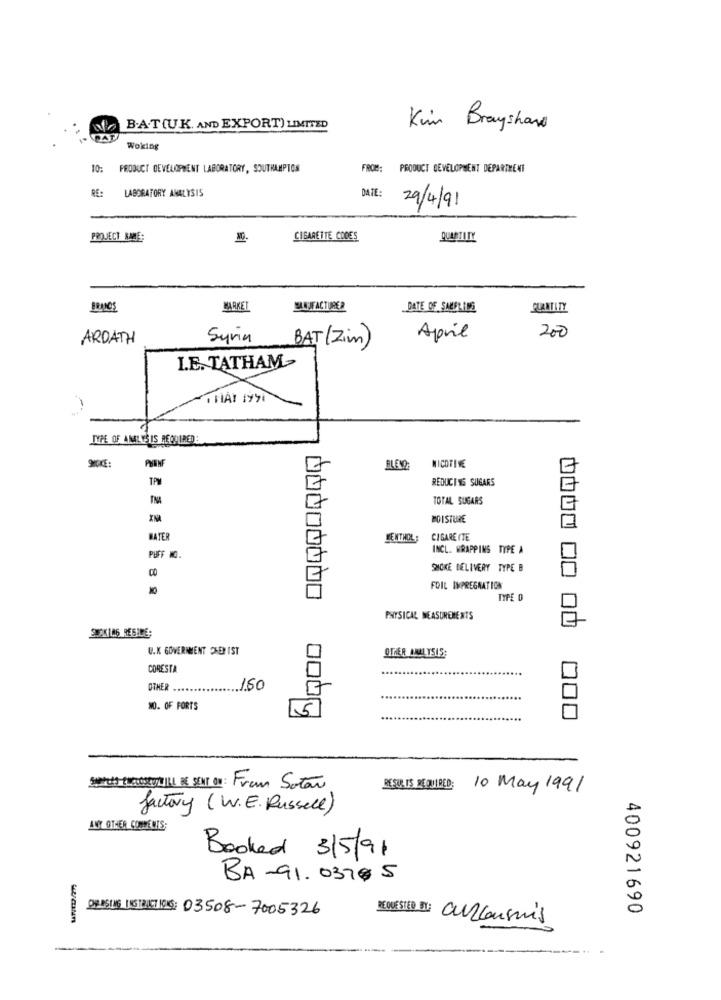
B.A.T(UK. AND EXPORT) LIMITED
Kim Brayshard
Woking
10:
PRODUCT DEVELOPMENT LABORATORY, SOUTHAMPTON
FROM:
PRODUCT DEVELOPMENT DEPARTMENT
RE:
LABORATORY ANALYSIS
DATE
29/4/91
PROJECT BARE
CIGARETTE CODES
QUANTITY
MARKET
MANJFACTURER
DATE OF SALELING
PLANTATY
ARDATH
Syria
BAT (Zim)
April
200
LE. TATHAM-
. HAY 1990
TYPE OF ANALYSIS REQUIRED :
NICOTINE
PLENO
E
REDUCING SUGARS
7
TOTAL SUGARS
MOISTURE
BATER
MENTHOL:
CIGARE ITE
INCL. WRAPPING TYPE A
PUFF MO
8
SMOKE DELIVERY TYPE B
FOIL IMPREGNATION
TYPE D
PHYSICAL MEASUREMENTS
2.2K146 RESIDE
U.K GOVERNMENT CHERIST
OTHER ANALYSIS:
CORESTA
OTHER
150
MO. OF FORTS
5
00000000 000
000
LES RUEGOSRYWIL BE SENT Ou : From Sotan
RESUR IS REQUIRED;
10 May 1991
factory (W.E. Russell)
ANY OTHER COMMENTS;
Booked 3/5/91
BA-91. 0370 5
DIASI US INSTRUCTIONS: 03508-7005326
400921690
REQUESTED BY : Curconsuis